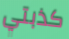
كذبتي